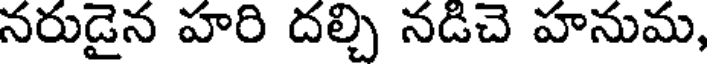
నరుడైన హరి దల్చి నడిచె హనుమ,